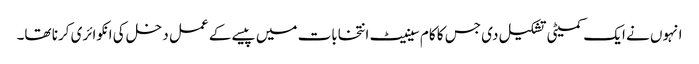
انہوں نے ایک کمیٹی تشکیل دی جس کا کام سینیٹ انتخابات میں پیسے کے عمل دخل کی انکوائری کرنا تھا۔